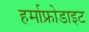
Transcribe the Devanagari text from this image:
हर्माफ्रोडाइट